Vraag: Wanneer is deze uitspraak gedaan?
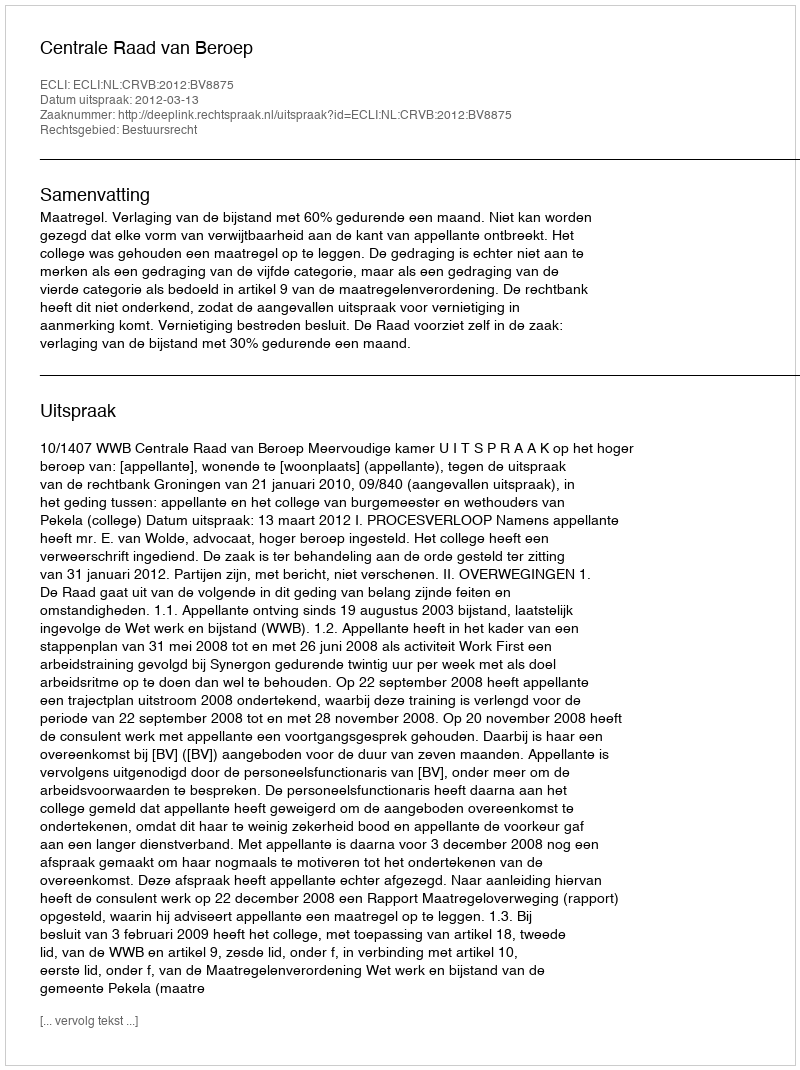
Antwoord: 2012-03-13